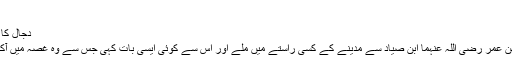
:
دجال کا ظہور انتہائی غصے کی حالت میں ہوگا:
نافع رحمہ اللہ بیان کرتے ہیں کہ عبداللہ بن عمر رضی اللہ عنہما ابن صیاد سے مدینے کے کسی راستے میں ملے اور اس سے کوئی ایسی بات کہی جس سے وہ غصہ میں آکر پھول گیا حتی کہ پوری گلی کو بھردیا۔